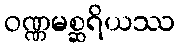
ဝဏ္ဏမစ္ဆရိယဿ